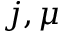
j , \mu